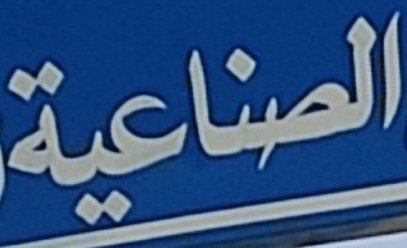
الصناعية